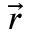
\vec { r }